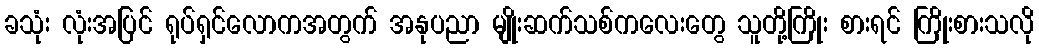
ခသုံး လုံးအပြင် ရုပ်ရှင်လောကအတွက် အနုပညာ မျိုးဆက်သစ်ကလေးတွေ သူတို့ကြိုး စားရင် ကြိုးစားသလို